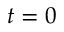
t = 0